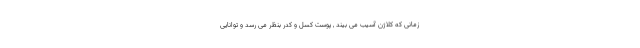
زمانی که کلاژن آسیب می بیند , پوست کسل و کدر بنظر می رسد و توانایی